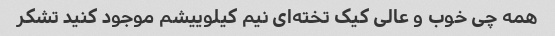
همه چی خوب و عالی کیک تخته‌ای نیم کیلوییشم موجود کنید تشکر